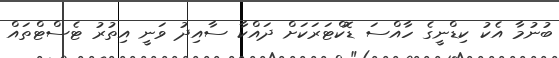
ބުނުމާ އެކު ކިޑްނީގެ ހާއްސަ ޑޮކްޓަރަކަށް ދައްކާ ސާއިދު ވަނީ އިތުރު ޓެސްޓްތައް